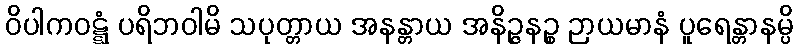
ဝိပါကဝဋ္ဋံ ပရိဘဝါမိ သပုတ္တာယ အနန္တာယ အနိဉ္ဇနဉ္စ ဉာယမာနံ ပူရေန္တာနမ္ပိ